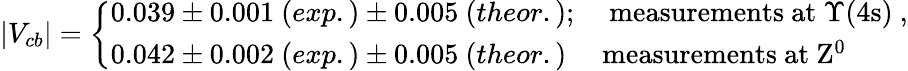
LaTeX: |V_{cb}|=\left\{ \begin{array}{ll}{{0.039\pm 0.001\ (exp.)\pm 0.005\ (theor.);}}&{{\mathrm{~measurements~at~\Upsilon(4s)~},}}\\ {{0.042\pm 0.002\ (exp.)\pm 0.005\ (theor.)}}&{{\mathrm{measurements~at~Z^{0}~}}}\end{array}\right.